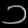
Digit: ၁